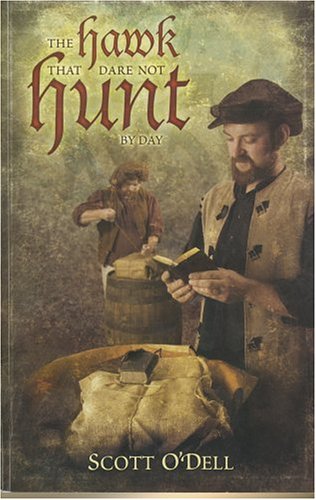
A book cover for The Hawk That Dare Not Hunt by Day; Scott O'Dell; Teen & Young Adult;